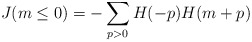
\begin{align*}J(m \le 0) = -\sum_{p>0} H(-p)H(m+p)\end{align*}